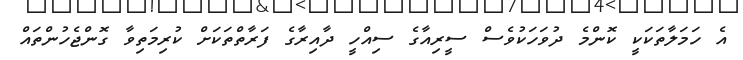
އެ ހަމަލާތަކަކީ ކޮންމެ ދުވަހަކުވެސް ސީރިއާގެ ސިއްހީ ދާއިރާގެ ފަރާތްތަކަށް ކުރިމަތިވާ ގޮންޖެހުންތައް